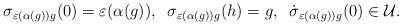
LaTeX: \begin{align*}\sigma_{\varepsilon(\alpha(g))g}(0) = \varepsilon(\alpha(g)), \; \;\sigma_{\varepsilon(\alpha(g))g}(h) = g, \; \;\dot{\sigma}_{\varepsilon(\alpha(g))g}(0) \in {\mathcal U}.\end{align*}